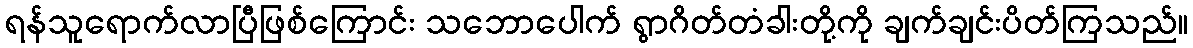
ရန်သူရောက်လာပြီဖြစ်ကြောင်း သဘောပေါက် ရွာဂိတ်တံခါးတို့ကို ချက်ချင်းပိတ်ကြသည်။